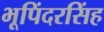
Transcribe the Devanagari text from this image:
भूपिंदरसिंह